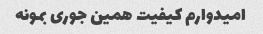
امیدوارم کیفیت همین جوری بمونه